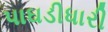
પાઘડીધારી